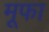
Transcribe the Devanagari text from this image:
मूफा